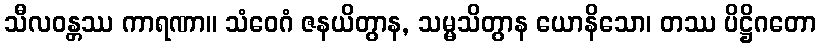
သီလဝန္တဿ ကာရဏာ။ သံဝေဂံ ဇနယိတွာန, သမ္မသိတွာန ယောနိသော၊ တဿ ပိဋ္ဌိဂတော